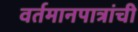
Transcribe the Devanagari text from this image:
वर्तमानपात्रांची